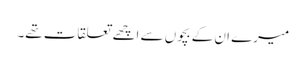
میرے ان کے بچوں سے اچھے تعلقات تھے۔